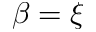
\beta = \xi